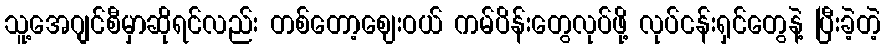
သူ့အေဂျင်စီမှာဆိုရင်လည်း တစ်တော့ဈေးဝယ် ကမ်ပိန်းတွေလုပ်ဖို့ လုပ်ငန်းရှင်တွေနဲ့ ပြီးခဲ့တဲ့